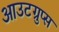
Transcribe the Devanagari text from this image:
आउटग्रुप्स